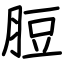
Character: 脰